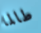
طالما